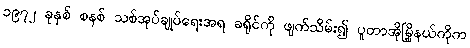
၁၉၇၂ ခုနှစ် စနစ် သစ်အုပ်ချုပ်ရေးအရ ခရိုင်ကို ဖျက်သိမ်း၍ ပူတာအိုမြို့နယ်ကိုက